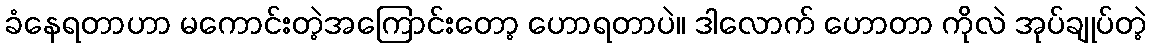
ခံနေရတာဟာ မကောင်းတဲ့အကြောင်းတော့ ဟောရတာပဲ။ ဒါလောက် ဟောတာ ကိုလဲ အုပ်ချုပ်တဲ့